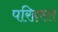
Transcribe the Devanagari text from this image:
परिहस्त